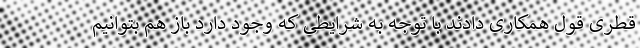
قطری قول همکاری دادند با توجه به شرایطی که وجود دارد باز هم بتوانیم